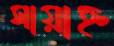
সায়াহ্ন